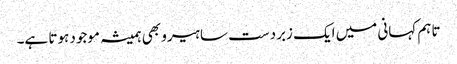
تاہم کہانی میں ایک زبردست سا ہیرو بھی ہمیشہ موجود ہوتا ہے۔